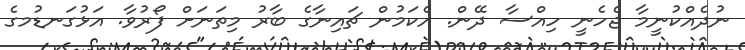
ނުދެއްކުނީމާ ޖެހެނީ ހިއްސާ ދޭން. އެކަމުން ޗައިނާގެ ބާރު މިތަނަށް ފޯރުވާ. އަޅުގަނޑުމގެ